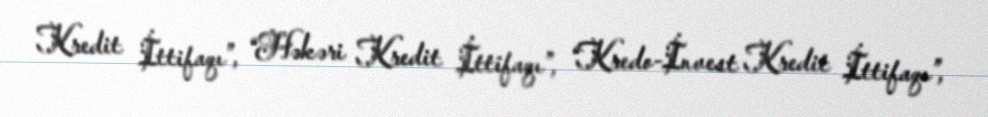
Kredit İttifaqı”, “Həkəri Kredit İttifaqı”, “Kredo-İnvest Kredit İttifaqı”,